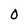
Character: 0